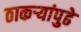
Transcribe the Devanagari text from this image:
ठाकऱ्यांपुढे